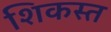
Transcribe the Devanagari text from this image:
शिकस्‍त